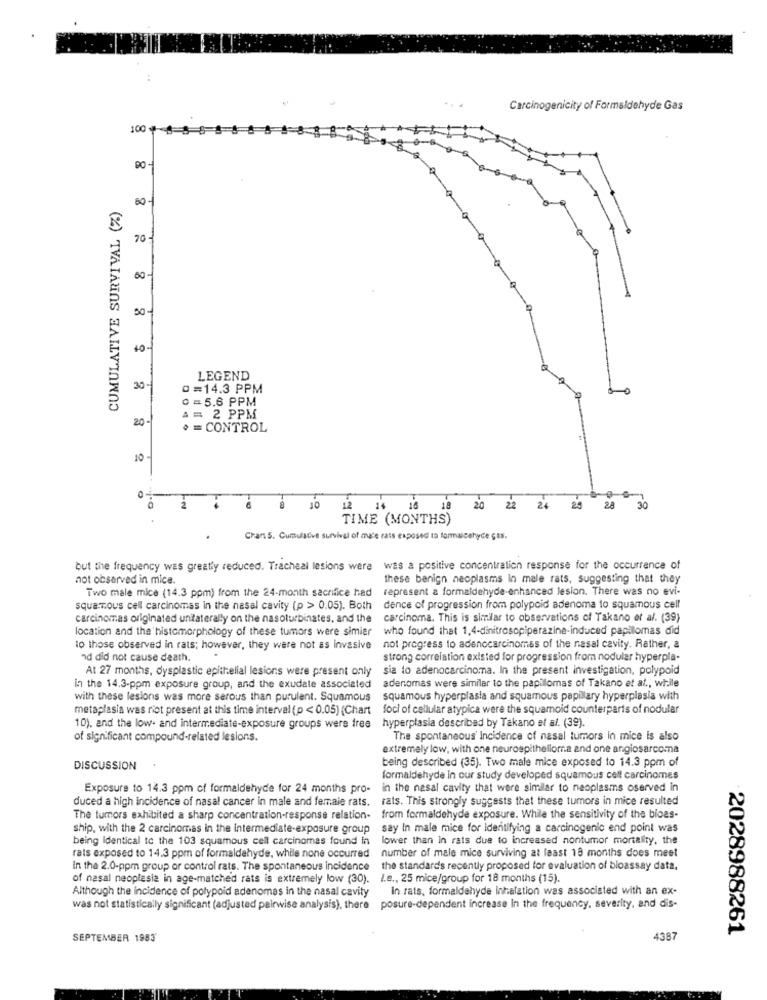
Carcinogenicity of Formaldehyde Gas
100 $ 5
60
CUMULATIVE SURVIVAL (%)
70 -
50-1
10
30-
LEGEND
0=14.3 PPM
0 =5.6 PPM
20
A = 2 PPM
* = CONTROL
10
10
12 14 16 18 20 22 24 20 28
30
TIME (MONTHS)
Chans. Cumulative survival of mace rats exposed to formaicahyce Is.
but the frequency was greatly reduced. Tracheal lesions were was a positive concentration response for the occurrence of
not observed in mice.
these benign neoplasms in male rats, suggesting that they
Two male mice (14.3 ppm) from the 24-month sacrifice had
represent & formaldehyde-enhanced lesion. There was no evi-
squamous cell carcinomas in the nasal cavity (p > 0.05). Both
dence of progression from polypoid adenoma to squamous cell
carcinomas originated untaterally on the nasoturbinates, and the
carcinoma. This is similar to observations of Takano et al. (39)
location and the histomorphology of these tumors were simier
who found that 1,4-dinitrosopiperazine-induced papilomas did
to those observed in rats; however, they were not as invasive
not progress to adenocarcinomas of the nasal cavity. Rather, a
nd did not cause death.
strong correlation existed for progression from nodular hyperpla-
At 27 months, dysplastic epithelial lesions were present only
sia to adenocarcinoma. In the present investigation, polypoid
in the 14.3-ppm exposure group, and the exudate associated adenomas were similar to the papilomas of Takano et al ., while
with these lesions was more serous than purulent. Squamous
squamous hyperplasia and squamous papillary hyperplasia with
metaplasia was riot present at this time interval (p < 0.05) {Chart foci of cellular atypica were the squamoid counterparts of nodular
10), and the low- and intermediate-exposure groups were free
hyperplasia described by Takano et al. (39).
of significant compound-related lesions.
The spontaneous' Incidence of nasal tumors in mice is also
extremely low, with one neuroepithelioma and one angiosarcoma
being described (35). Two male mice exposed to 14.3 ppm of
DISCUSSION
formaldehyde in our study developed squamous cell carcinomes
Exposure to 14.3 ppm of formaldehyde for 24 months pro-
in the nasal cavity that were similar to neoplasms oserved in
duced a high incidence of nasal cancer in male and female rats. rats. This strongly suggests that these tumors in mice resulted
The tumors exhibited a sharp concentration-response relation-
from formaldehyde exposure. While the sensitivity of the bloas-
ship, with the 2 carcinomas in the Intermediate-exposure group
say In male mice for identifying a carcinogenic end point was
being Identical to the 103 squamous cell carcinomas found in
lower than in rats due to increased nontumor mortality, the
number of male mice surviving at least 18 months does meet
rats exposed to 14.3 ppm of formaldehyde, while none occurred
In the 2.0-ppm group or control rats. The spontaneous incidence the standard's recently proposed for evaluation of bioassay data,
of nasal neoplasia in age-matched rats is extremely low (30). I.e ., 25 mice/group for 18 months (15).
Although the incidence of polypoid adenomas in the nasal cavity
In rats, formaldehyde inhalation was associated with an ex-
was not statistically significant (adjusted pairwise analysis), there posure-dependent increase in the frequency, severity, and dis-
2028988261
SEPTEMBER 1983
4387